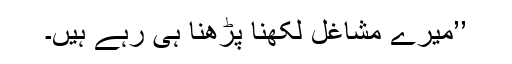
’’میرے مشاغل لکھنا پڑھنا ہی رہے ہیں۔